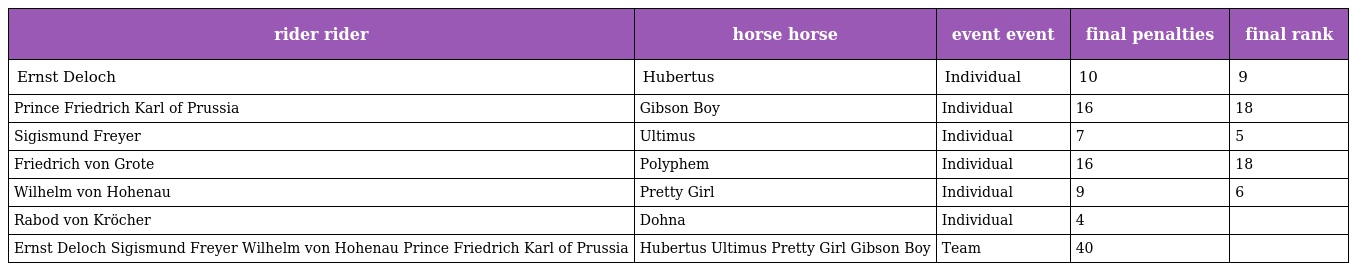
| rider rider | horse horse | event event | final penalties | final rank |
 | --- | --- | --- | --- | --- |
 | Ernst Deloch | Hubertus | Individual | 10 | 9 |
 | Prince Friedrich Karl of Prussia | Gibson Boy | Individual | 16 | 18 |
 | Sigismund Freyer | Ultimus | Individual | 7 | 5 |
 | Friedrich von Grote | Polyphem | Individual | 16 | 18 |
 | Wilhelm von Hohenau | Pretty Girl | Individual | 9 | 6 |
 | Rabod von Kröcher | Dohna | Individual | 4 |  |
 | Ernst Deloch Sigismund Freyer Wilhelm von Hohenau Prince Friedrich Karl of Prussia | Hubertus Ultimus Pretty Girl Gibson Boy | Team | 40 |  |